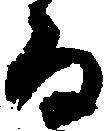
る